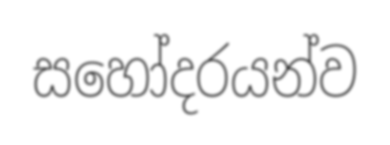
සහෝදරයන්ව